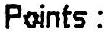
POINTS :